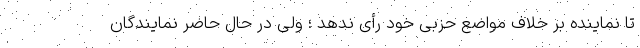
تا نماینده بر خلاف مواضع حزبی خود رأی ندهد ؛ ولی در حال حاضر نمایندگان